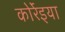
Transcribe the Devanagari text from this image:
कोर्रेइया